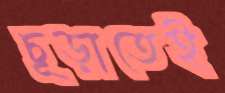
চূড়াতেই